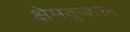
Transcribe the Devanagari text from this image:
क्षेमकुशल